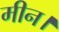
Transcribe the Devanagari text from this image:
मीन।